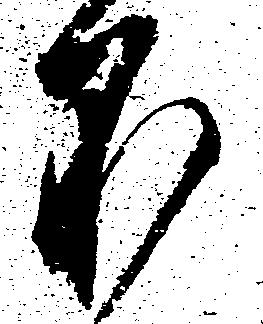
不